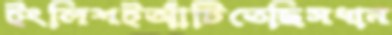
ইংলিশইআঁটিতেছিসধান